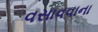
વસાવવાના